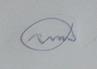
Signature authenticity: forged